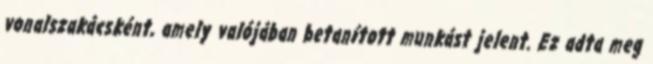
vonalszakácsként, amely valójában betanított munkást jelent. Ez adta meg